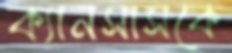
ক্যানসাসকে